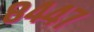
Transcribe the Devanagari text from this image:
८४४७